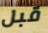
قبل